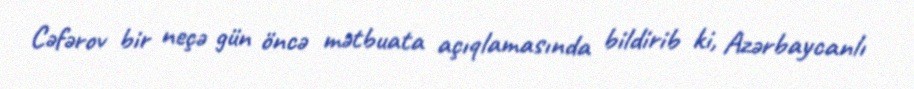
Cəfərov bir neçə gün öncə mətbuata açıqlamasında bildirib ki, Azərbaycanlı